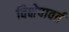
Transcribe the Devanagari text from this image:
विक्षेपावर्त